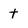
Character: t